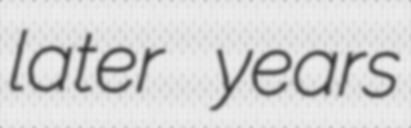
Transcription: later years